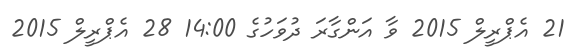
21 އެޕްރީލް 2015 ވާ އަންގާރަ ދުވަހުގެ 14:00 28 އެޕްރީލް 2015